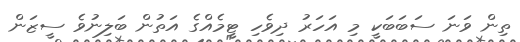
ތިން ވަނަ ސަބަބަކީ މި އަހަރު ދިވެހި ޓީމެއްގެ އަތުން ބަލިނުވެ ސީޒަން